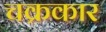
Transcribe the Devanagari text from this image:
चक्रकार